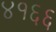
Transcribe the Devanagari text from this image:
४१६६